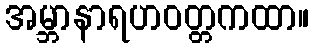
အမ္ဘာနာရဟဝတ္တကထာ။